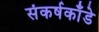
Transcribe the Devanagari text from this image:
संकर्षकाँडे